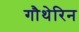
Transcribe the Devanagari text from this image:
गौथेरिन